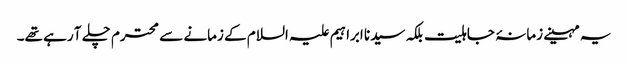
یہ مہینے زمانۂ جاہلیت بلکہ سیدنا ابراہیم علیہ السلام کے زمانے سے محترم چلے آ رہے تھے۔